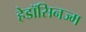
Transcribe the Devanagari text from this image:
हेडॉसिनज्म